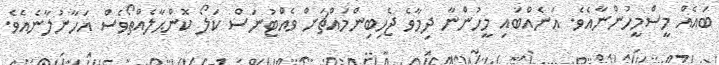
ބައެއް މީސްމީހުންނާއެވެ. އަނެއްބައި މީހުންނާ ދިމާވެ ޖެހިބިންމައްޗަށް ވެއްޓުނަސް ކަލޯ ކޮންޙާލެއްތޯވެސް އަހާނުލާނެއެވެ.